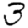
Digit: 3